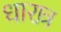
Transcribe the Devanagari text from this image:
धारात्र